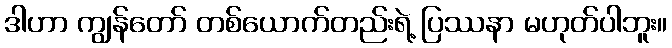
ဒါဟာ ကျွန်တော် တစ်ယောက်တည်းရဲ့ ပြဿနာ မဟုတ်ပါဘူး။